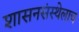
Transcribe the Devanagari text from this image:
शासनसंस्थेलाच